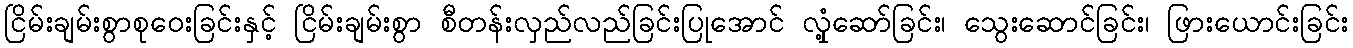
ငြိမ်းချမ်းစွာစုဝေးခြင်းနှင့် ငြိမ်းချမ်းစွာ စီတန်းလှည်လည်ခြင်းပြုအောင် လှုံ့ဆော်ခြင်း၊ သွေးဆောင်ခြင်း၊ ဖြားယောင်းခြင်း